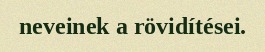
neveinek a rövidítései.